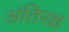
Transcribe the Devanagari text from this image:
अंतिरक्ष